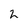
Character: 2